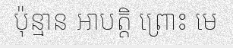
ប៉ុន្មាន អាបត្តិ ព្រោះ មេ